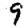
Digit: 9